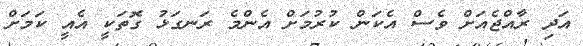
އަދި ރާއްޖެއަށް ވެސް އެކަން ކުރުމަށް އެންމެ ރަނގަޅު ގޮތަކީ އެއީ ކަމަށް